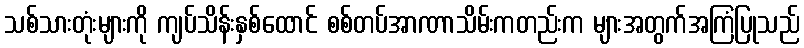
သစ်သားတုံးများကို ကျပ်သိန်းနှစ်ထောင် စစ်တပ်အာဏာသိမ်းကတည်းက များအတွက်အကြံပြုသည်